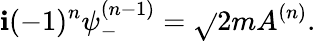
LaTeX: \mathbf{i}(-1)^{n}\psi_{-}^{(n-1)}=\sqrt{}{{2m}}A^{(n)}.